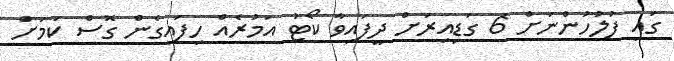
ގައި ފުލުހުންނަށް 6 ގަޑިއިރަށް ދީފައިވާ ކޯޓު އަމުރެއް ހިފައިގެން ގޮސް ކަމަށް